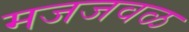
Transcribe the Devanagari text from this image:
मजजवळ